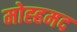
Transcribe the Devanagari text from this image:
मोह्हमद